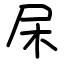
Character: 杘